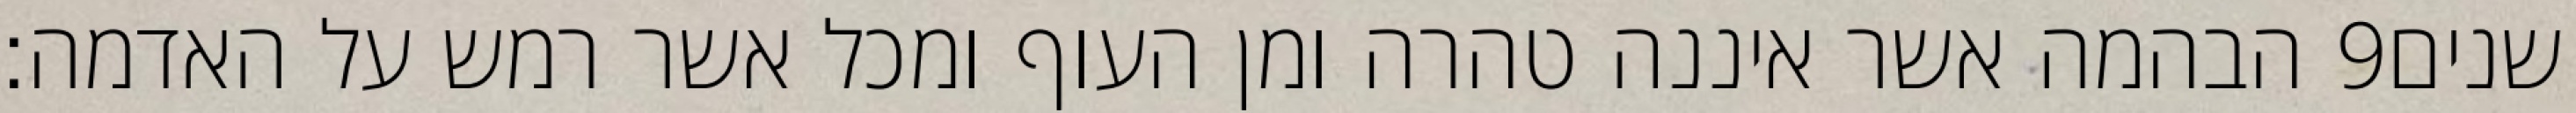
הבהמה אשר איננה טהרה ומן העוף ומכל אשר רמש על האדמה׃ ‎9‏ שנים